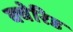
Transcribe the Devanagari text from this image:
क्वेरिड